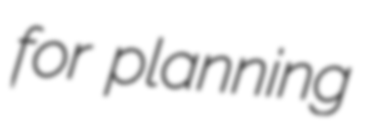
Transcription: for planning